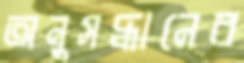
অনুসদ্ধানের